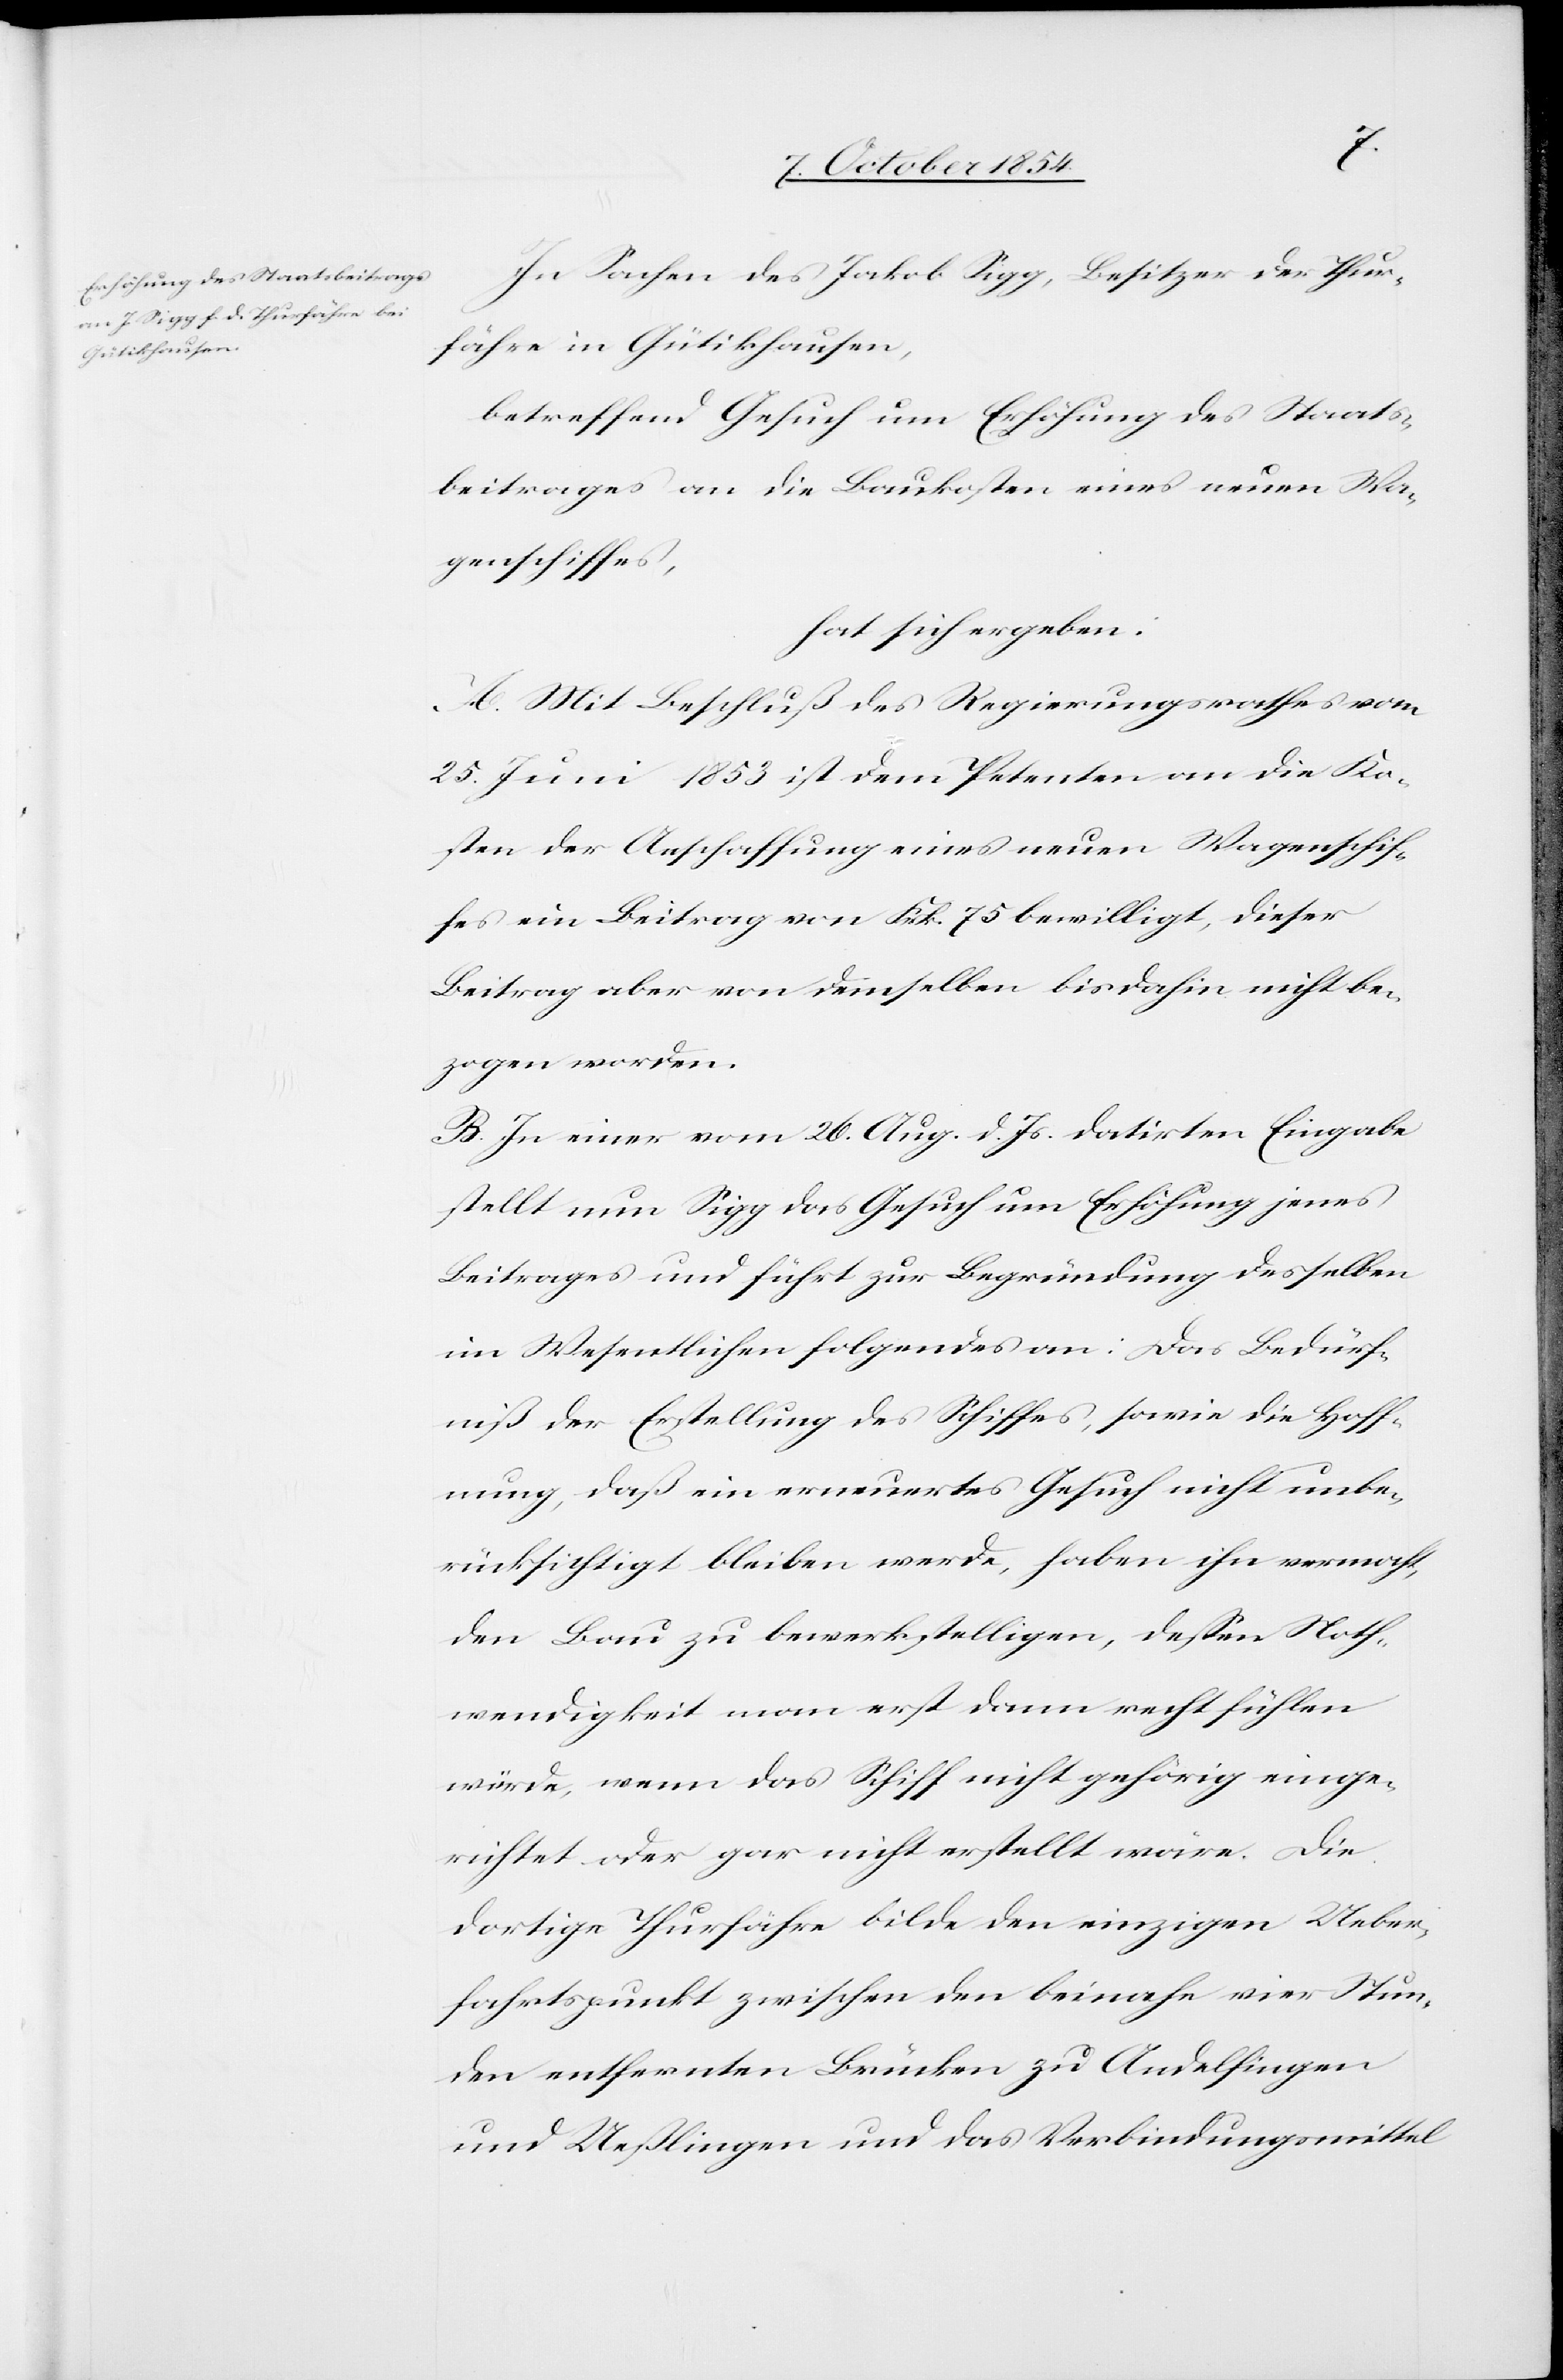
In Sachen des Jakob Sigg, Besitzer der Thur¬
fähre in Gütikhausen,
betreffend Gesuch um Erhöhung des Staats¬
beitrages an die Baukosten eines neuen Wa¬
genschiffes,
hat sich ergeben:
A. Mit Beschluß des Regierungsrathes vom
25. Juni 1853 ist dem Petenten an die Ko¬
sten der Anschaffung eines neuen Wagenschif¬
fes ein Beitrag von Frk. 75 bewilligt, dieser
Beitrag aber von demselben bis dahin nicht be¬
zogen worden.
B. In einer vom 26. Aug. d. Js. datirten Eingabe
stellt nun Sigg das Gesuch um Erhöhung jenes
Beitrages und führt zur Begründung desselben
im Wesentlichen folgendes an: Das Bedürf¬
niß der Erstellung des Schiffes, sowie die Hoff¬
nung, daß ein erneuertes Gesuch nicht unbe¬
rücksichtigt bleiben werde, haben ihn vermocht,
den Bau zu bewerkstelligen, deßen Noth¬
wendigkeit man erst dann recht fühlen
würde, wenn das Schiff nicht gehörig einge¬
richtet oder gar nicht erstellt wäre. Die
dortige Thurfähre bilde den einzigen Ueber¬
fahrtspunkt zwischen den beinahe vier Stun¬
den entfernten Brücken zu Andelfingen
und Ueßlingen und das Verbindungsmittel